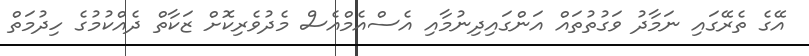
އޭގެ ތެރޭގައި ނަމާދު ވަގުތުތައް އަންގައިދިނުމާއި އެސްއެމްއެސް މެދުވެރިކޮށް ޒަކާތް ދެއްކުމުގެ ހިދުމަތް